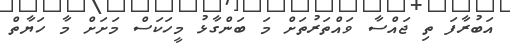
އަބުރާފަ ތި ޖައްސާ ވައްތަރުތަށް މަ ބަންގާޅު މީހަކަސް މަށަށް މާ ހަޔާތް